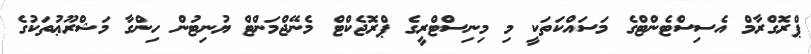
ޕްރޮގްރާމް އެސިސްޓެންޓްގެ މަސައްކަތަކީ މި މިނިސްޓްރީގެ ޕްރޮޖެކްޓް މެނޭޖްމަންޓް ޔުނިޓުން ހިންގާ މަޝްރޫޢުތަކުގެ